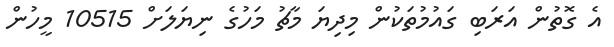
އެ ގޮތުން އަރަބި ގައުމުތަކުން މިދިޔަ މާޗު މަހުގެ ނިޔަލަށް 10515 މީހުން